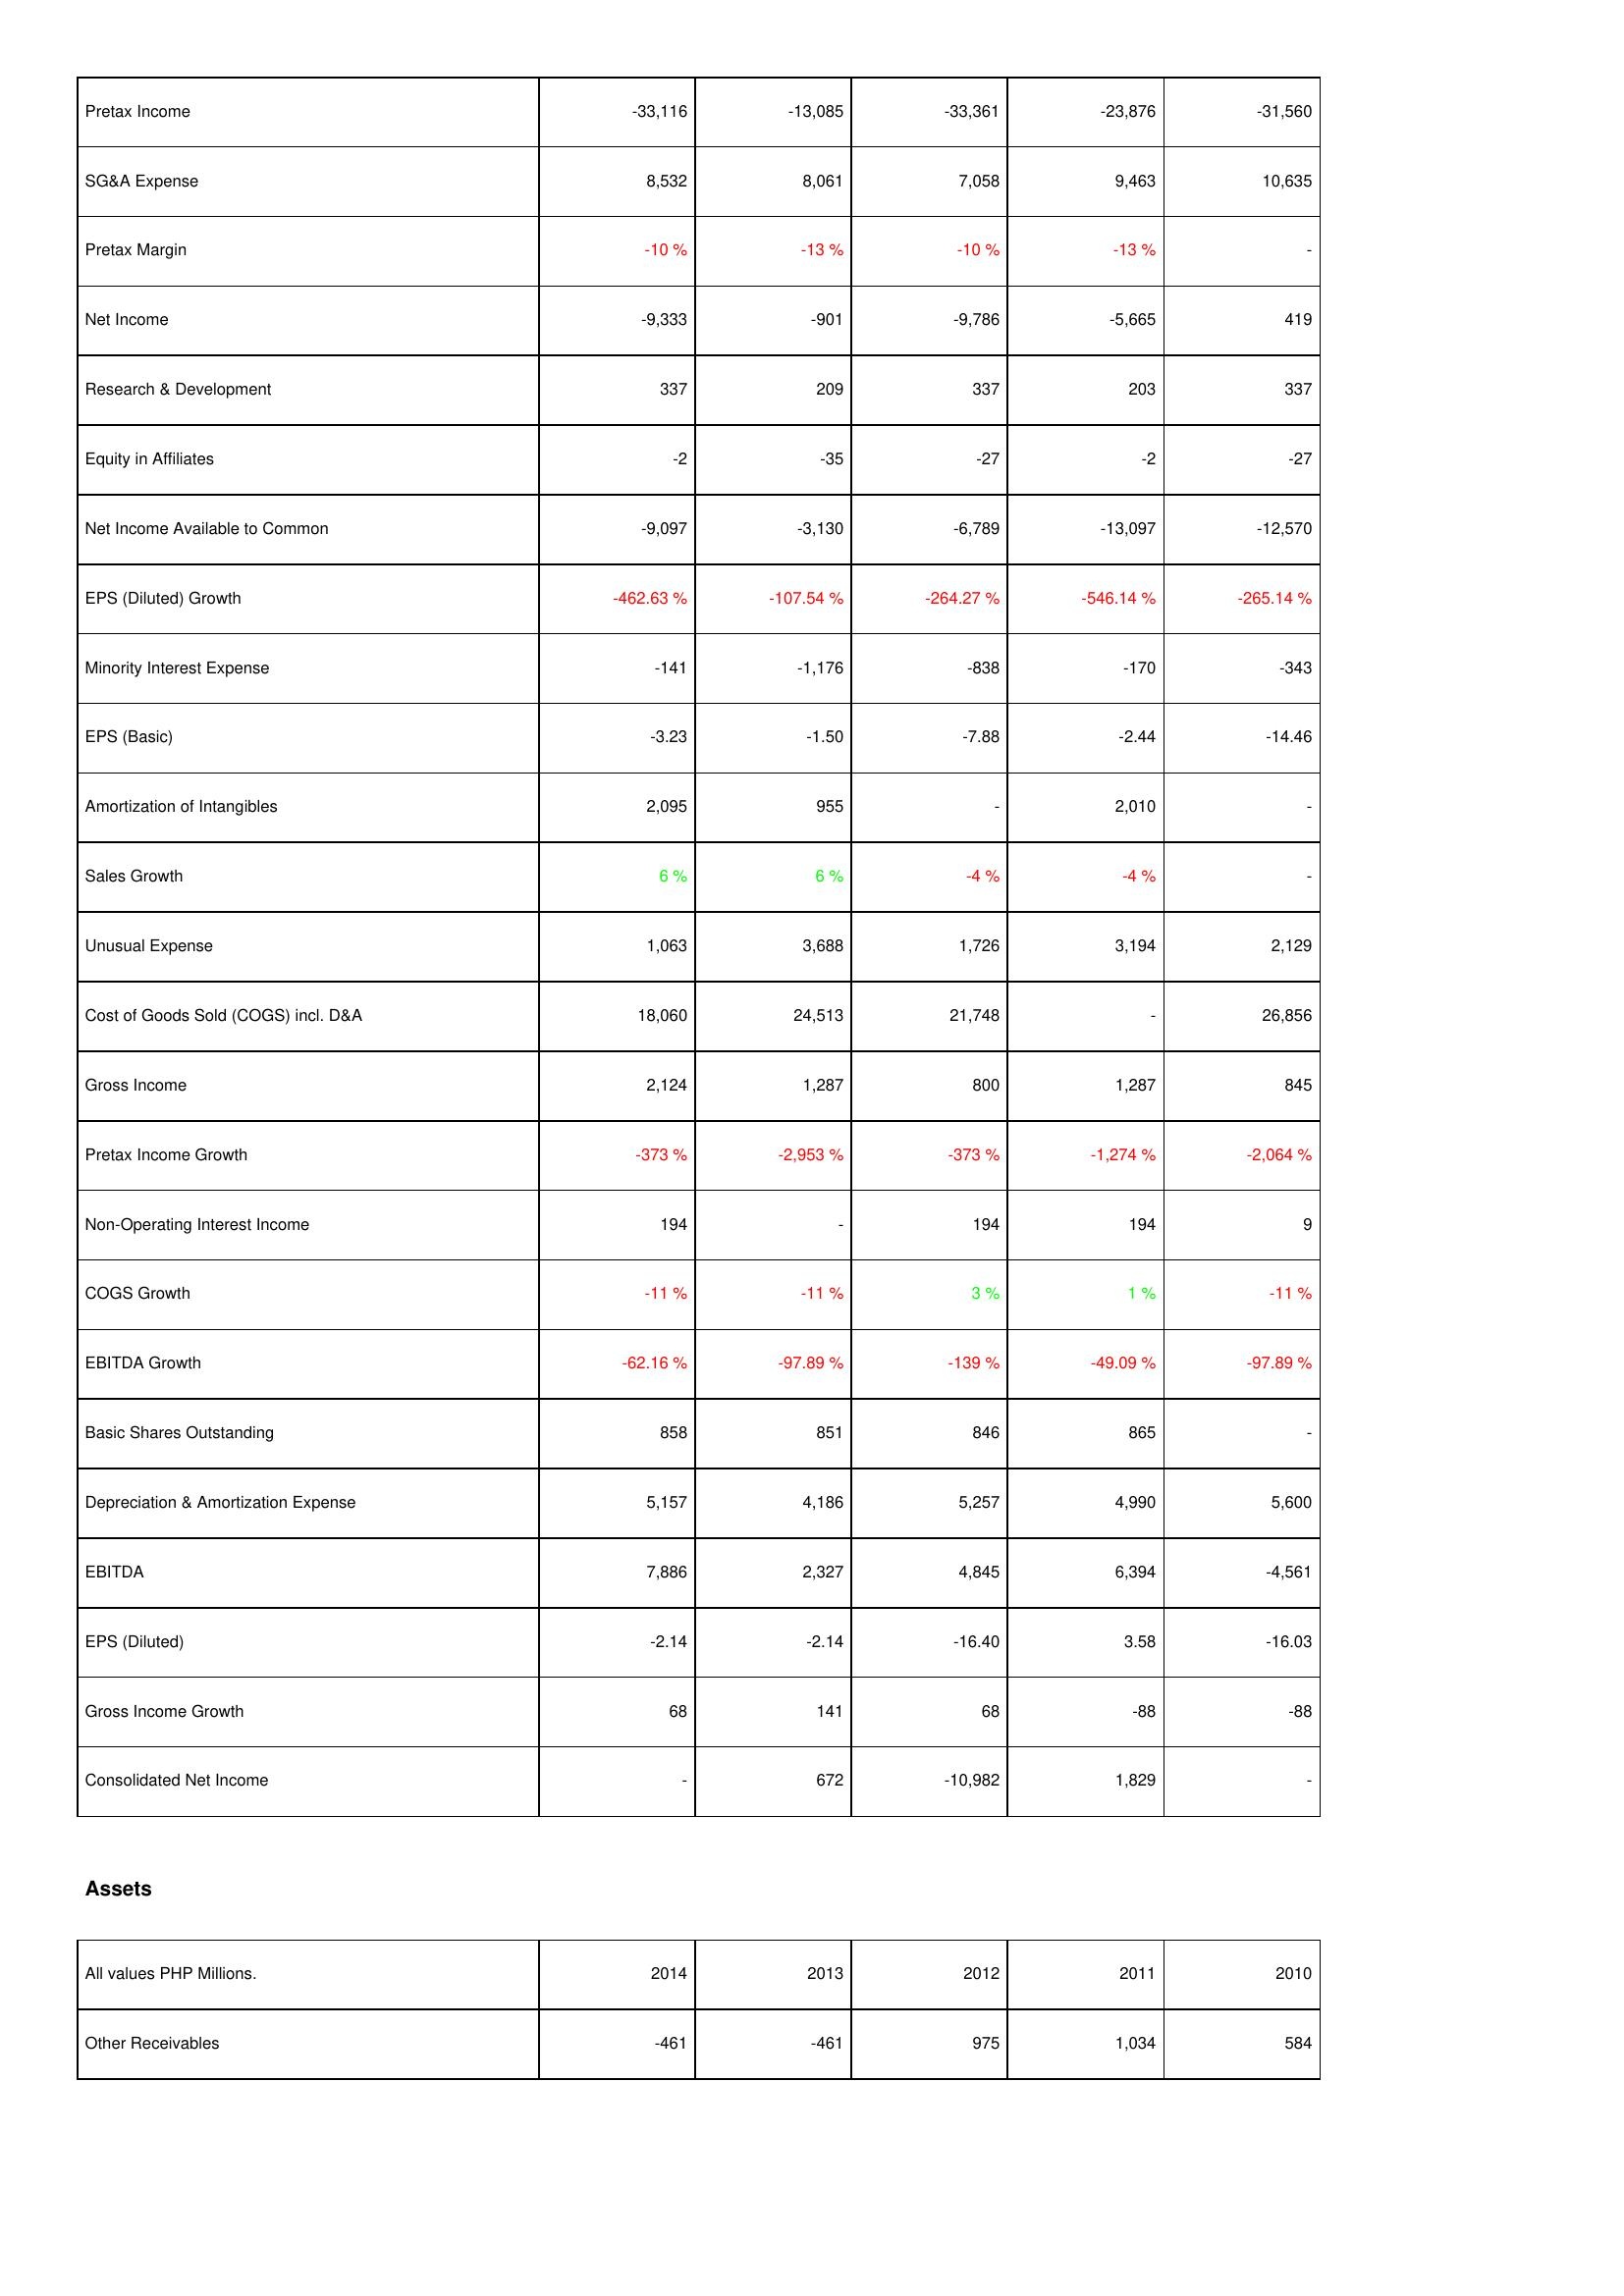
2014: Income Statement: Pretax Income: -33,116
SG&A Expense: 8,532
Pretax Margin: -10 %
Net Income: -9,333
Research & Development: 337
Equity in Affiliates: -2
Net Income Available to Common: -9,097
EPS (Diluted) Growth: -462.63 %
Minority Interest Expense: -141
EPS (Basic): -3.23
Amortization of Intangibles: 2,095
Sales Growth: 6 %
Unusual Expense: 1,063
Cost of Goods Sold (COGS) incl. D&A: 18,060
Gross Income: 2,124
Pretax Income Growth: -373 %
Non-Operating Interest Income: 194
COGS Growth: -11 %
EBITDA Growth: -62.16 %
Basic Shares Outstanding: 858
Depreciation & Amortization Expense: 5,157
EBITDA: 7,886
EPS (Diluted): -2.14
Gross Income Growth: 68
Consolidated Net Income: -
Assets: Other Receivables: -461
2013: Income Statement: Pretax Income: -13,085
SG&A Expense: 8,061
Pretax Margin: -13 %
Net Income: -901
Research & Development: 209
Equity in Affiliates: -35
Net Income Available to Common: -3,130
EPS (Diluted) Growth: -107.54 %
Minority Interest Expense: -1,176
EPS (Basic): -1.50
Amortization of Intangibles: 955
Sales Growth: 6 %
Unusual Expense: 3,688
Cost of Goods Sold (COGS) incl. D&A: 24,513
Gross Income: 1,287
Pretax Income Growth: -2,953 %
Non-Operating Interest Income: -
COGS Growth: -11 %
EBITDA Growth: -97.89 %
Basic Shares Outstanding: 851
Depreciation & Amortization Expense: 4,186
EBITDA: 2,327
EPS (Diluted): -2.14
Gross Income Growth: 141
Consolidated Net Income: 672
Assets: Other Receivables: -461
2012: Income Statement: Pretax Income: -33,361
SG&A Expense: 7,058
Pretax Margin: -10 %
Net Income: -9,786
Research & Development: 337
Equity in Affiliates: -27
Net Income Available to Common: -6,789
EPS (Diluted) Growth: -264.27 %
Minority Interest Expense: -838
EPS (Basic): -7.88
Amortization of Intangibles: -
Sales Growth: -4 %
Unusual Expense: 1,726
Cost of Goods Sold (COGS) incl. D&A: 21,748
Gross Income: 800
Pretax Income Growth: -373 %
Non-Operating Interest Income: 194
COGS Growth: 3 %
EBITDA Growth: -139 %
Basic Shares Outstanding: 846
Depreciation & Amortization Expense: 5,257
EBITDA: 4,845
EPS (Diluted): -16.40
Gross Income Growth: 68
Consolidated Net Income: -10,982
Assets: Other Receivables: 975
2011: Income Statement: Pretax Income: -23,876
SG&A Expense: 9,463
Pretax Margin: -13 %
Net Income: -5,665
Research & Development: 203
Equity in Affiliates: -2
Net Income Available to Common: -13,097
EPS (Diluted) Growth: -546.14 %
Minority Interest Expense: -170
EPS (Basic): -2.44
Amortization of Intangibles: 2,010
Sales Growth: -4 %
Unusual Expense: 3,194
Cost of Goods Sold (COGS) incl. D&A: -
Gross Income: 1,287
Pretax Income Growth: -1,274 %
Non-Operating Interest Income: 194
COGS Growth: 1 %
EBITDA Growth: -49.09 %
Basic Shares Outstanding: 865
Depreciation & Amortization Expense: 4,990
EBITDA: 6,394
EPS (Diluted): 3.58
Gross Income Growth: -88
Consolidated Net Income: 1,829
Assets: Other Receivables: 1,034
2010: Income Statement: Pretax Income: -31,560
SG&A Expense: 10,635
Pretax Margin: -
Net Income: 419
Research & Development: 337
Equity in Affiliates: -27
Net Income Available to Common: -12,570
EPS (Diluted) Growth: -265.14 %
Minority Interest Expense: -343
EPS (Basic): -14.46
Amortization of Intangibles: -
Sales Growth: -
Unusual Expense: 2,129
Cost of Goods Sold (COGS) incl. D&A: 26,856
Gross Income: 845
Pretax Income Growth: -2,064 %
Non-Operating Interest Income: 9
COGS Growth: -11 %
EBITDA Growth: -97.89 %
Basic Shares Outstanding: -
Depreciation & Amortization Expense: 5,600
EBITDA: -4,561
EPS (Diluted): -16.03
Gross Income Growth: -88
Consolidated Net Income: -
Assets: Other Receivables: 584